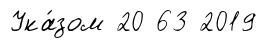
Ука́зом 20 63 2019